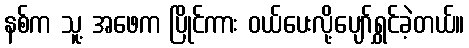
နစ်က သူ့ အဖေက ပြိုင်ကား ဝယ်ပေးလို့ပျော်ရွှင်ခဲ့တယ်။